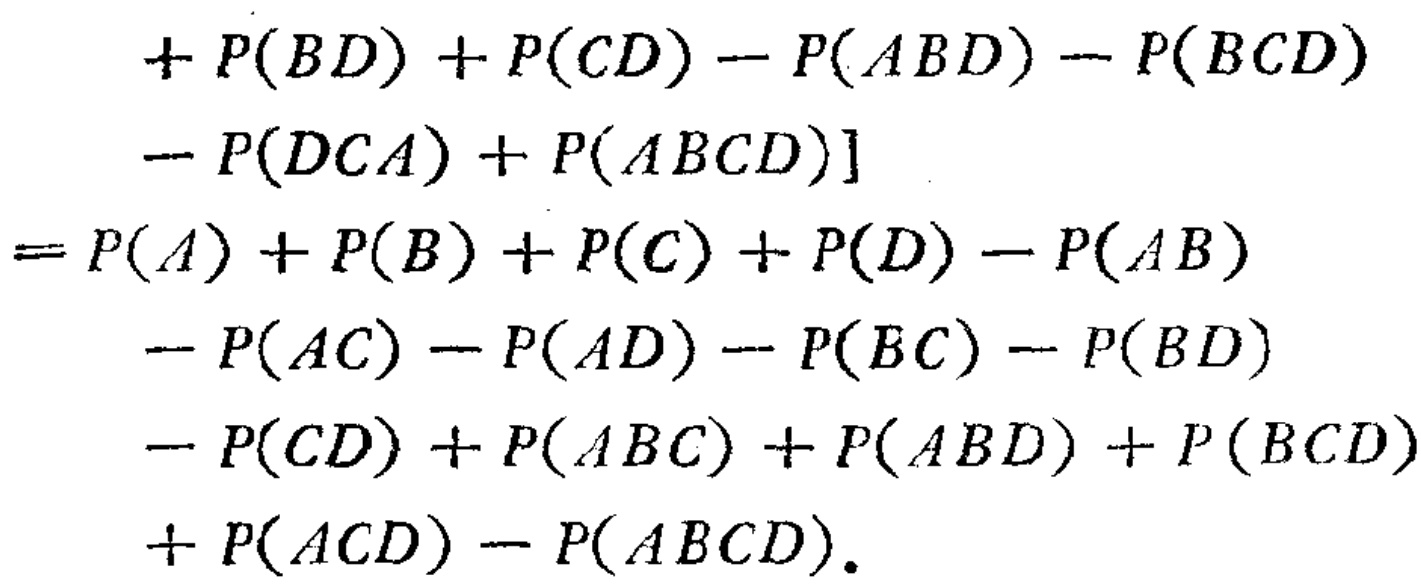
\begin{align*}

&+ P(BD) + P(CD) - P(ABD) - P(BCD) \\

&- P(DCA) + P(ABCD)] \\

= &P(A) + P(B) + P(C) + P(D) - P(AB) \\

&- P(AC) - P(AD) - P(BC) - P(BD) \\

&- P(CD) + P(ABC) + P(ABD) + P(BCD) \\

&+ P(ACD) - P(ABCD).

\end{align*}